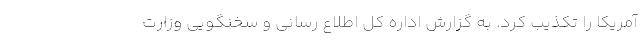
آمریکا را تکذیب کرد. به گزارش اداره کل اطلاع رسانی و سخنگویی وزارت